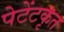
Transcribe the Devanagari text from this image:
पेटेंटकृत